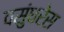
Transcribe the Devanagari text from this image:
वसुंधरेस